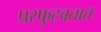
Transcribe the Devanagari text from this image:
प्रस्फुटवतात